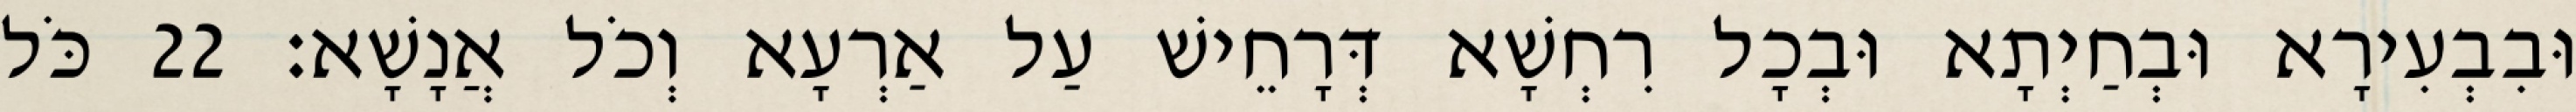
וּבִבְעִירָא וּבְחַיְתָא וּבְכָל רִחְשָׁא דְּרָחֵישׁ עַל אַרְעָא וְכֹל אֲנָשָׁא׃ 22 כֹּל